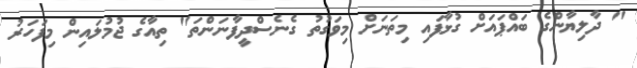
" ދާލިޔާންގެ ބައްޕައަށް ގުޅާފައި މިތަނަށް މިވަގުތު ގެނެސްދީފާނަންތަ" ތިއާގެ ޖުމުލައިން މިފަހަރު